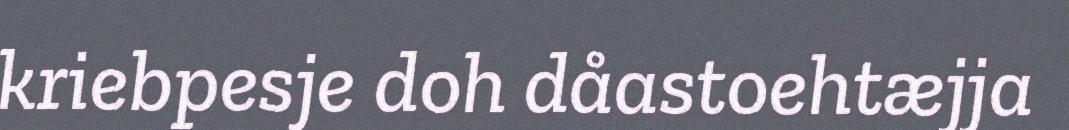
kriebpesje doh dåastoehtæjja